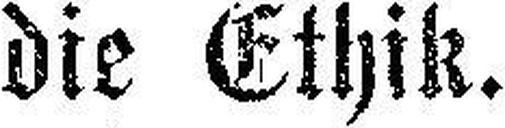
die Ethik.